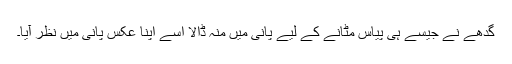
گدھے نے جیسے ہی پیاس مٹانے کے لیے پانی میں منہ ڈالا اسے اپنا عکس پانی میں نظر آیا۔